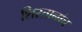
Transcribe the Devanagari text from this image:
शिरतानांच